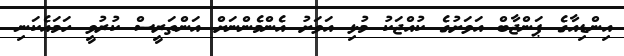
އިންޑިއާގެ ޕަންޖާބް އަވަށުގެ ކުއްޖަކު މުޅި އަވަށު އެންމެންނަށް އަންތަރީސް ކުރުވީ ހަމައެކަނި